Medical and sanitary report of the native army of Bengal for the year
Year: 1877
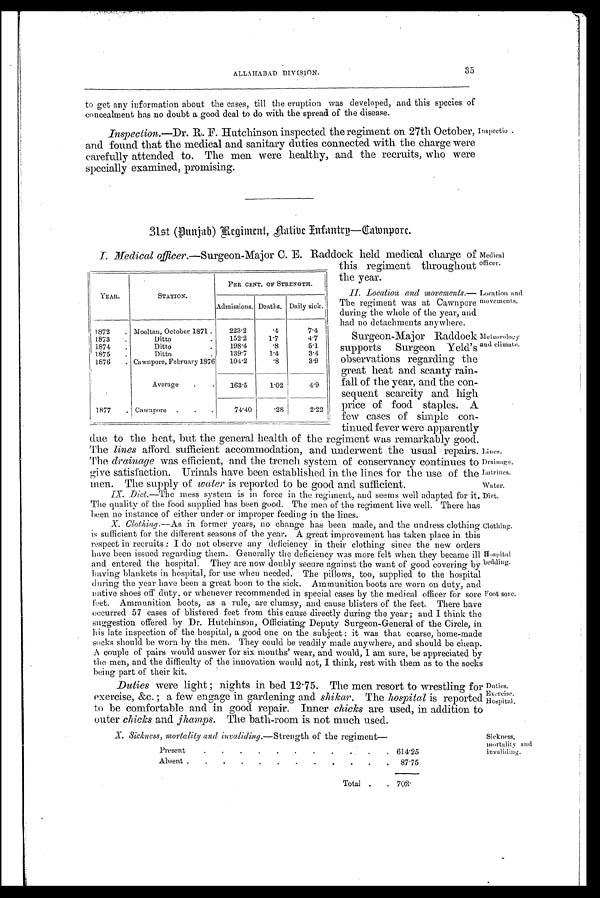
Location and
movements.
Meteorology
and climate.
Inspectio
Medical
officer.
X. Sickness, mortality and invaliding.—Strength .of the regiment—
Present
.
.
.
.
.
.
.
.
.
. 614.25
Absent .
.
.
.
.
.
.
.
.
.
.
.
87.75
Total .
. 702.
Sickn ess,
mortality and
invaliding.
ALLAHABAD DIVISION.
35
to get any information about the cases, till the eruption was developed, and this species of
concealment has no doubt a good deal to do with the spread of the disease.
Inspection.—Dr. R. F. Hutchinson inspected the regiment on 27th October,
and found that the medical and sanitary duties connected with the charge were
carefully attended to. The men were healthy, and the recruits, who were
specially examined, promising.
31st (Punjab) Regiment, Aatibe Infantry—Cawnpore.
I. Medical officer.—Surgeon-Major C. E. Raddock held medical charge of
this regiment throughout
the year.
II. Location and movements.—
The regiment was at Cawnpore
during the whole of the year, and
had no detachments anywhere.
Surgeon-Major Raddock
supports Surgeon Yeld's
observations regarding the
great heat and scanty rain-
fall of the year, and the con-
sequent scarcity and high
price of food staples. A
few cases of simple con-
tinned fever were apparently
due to the heat, but the general health of the regiment was remarkably good.
The lines afford sufficient accommodation, and underwent the usual repairs.
The drainage was efficient, and the trench system of conservancy continues to
give satisfaction. Urinals have been established in the lines for the use of the
men. The supply of water is reported to be good and sufficient.
IX. Diet.—The mess system is in force in the regiment, and seems well adapted for it
. T h e q u a l i t y o f t h e f o o d s u p p l i e d h a s b e e n g o o d . T h e m e n o f t h e r e g i m e n t l i v e w e l l . T h e r e h a s
been no instance of either under or improper feeding in the lines.
X. Clothing.—As in former years, no change has been made, and the undress clothing
is sufficient for the different seasons of the year. A great improvement has taken place in this
respect in recruits: I do not observe any deficiency in their clothing since the new orders
have been issued regarding them. Generally the deficiency was more felt when they became ill
and entered the hospital. They are now doubly secure against the want of good covering by
having blankets in hospital, for use when needed. The pillows, too, supplied to the hospital
during the year have been a great boon to the sick. Ammunition boots are worn on duty, and
native shoes off duty, or whenever recommended in special cases by the medical officer for sore
feet. Ammunition boots, as a rule, are clumsy, and cause blisters of the feet. There have
occurred 57 cases of blistered feet from this cause directly during the year; and I think the
suggestion offered by Dr. Hutchinson, Officiating Deputy Surgeon-General of the Circle, in
his late inspection of the hospital, a good one on the subject: it was that coarse, home-made
socks should be worn by the men. They could be readily made anywhere, and should be cheap.
A couple of pairs would answer for six months' wear, and would, I am sure, be appreciated by
the men, and the difficulty of the innovation would not, I think, rest with them as to the socks
being part of their kit.
Duties were light; nights in bed 12.75. The men resort to wrestling for
exercise, &c.; a few engage in gardening and shikar. The hospital is reported
to be comfortable and in good repair. Inner. chicks are used, in addition to
outer chicks and jhamps. The bath-room is not much used.
YEAR.
STATION.
PER CENT. OF STRENGTH.
Admissions. Deaths. Daily sick.
1872
. Mooltan, October 1871 .
223.2
.4
7.4
1873
Ditto
.
152.2
1.7
4.7
1874
.
Ditto
.
198.4
.8
5.1
1875
.
Ditto
.
139.7
1.4
3.4
1876
. Cawnpore, February 1876
104.2
.8
3.9
Average
.
.
163.5
1.02
4.9
1877
. Ca wn pore
.
.
.
74.40
.28
2.22
Clothing.
Hosp ital
bedding.
Foot sore.
Duties.
Exercise.
Hospital.
Lines.
Drainage.
Latrines.
Water.
Diet.